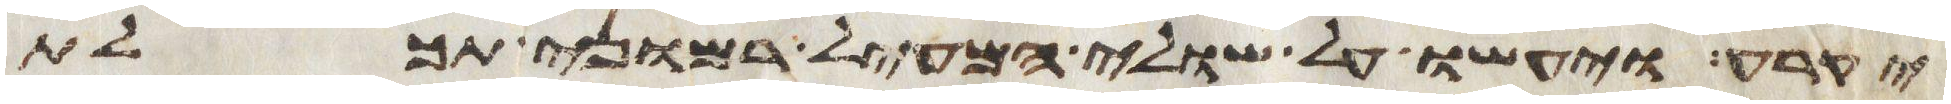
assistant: יקרע ויעשו על שולי המעיל רמוני תכלת